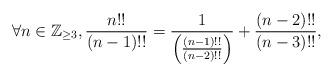
LaTeX: \begin{align*}\forall n \in \mathbb Z_{\geq 3}, \frac{n!!}{(n-1)!!} = \frac{1}{\left(\frac{(n-1)!!}{(n-2)!!}\right)} + \frac{(n-2)!!}{(n-3)!!}, \end{align*}